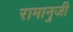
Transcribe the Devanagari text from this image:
रामानुजी